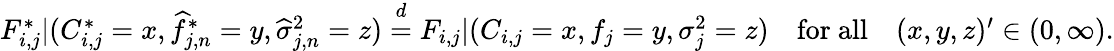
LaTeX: \begin{array}{r}{F_{i,j}^{*}|(C_{i,j}^{*}=x,\widehat f_{j,n}^{*}=y,\widehat\sigma_{j,n}^{2}=z)\overset{d}{=}F_{i,j}|(C_{i,j}=x,f_{j}=y,\sigma_{j}^{2}=z)\quad\mathrm{for~all}\quad(x,y,z)^{\prime}\in(0,\infty).}\end{array}